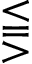
\lesseqqgtr